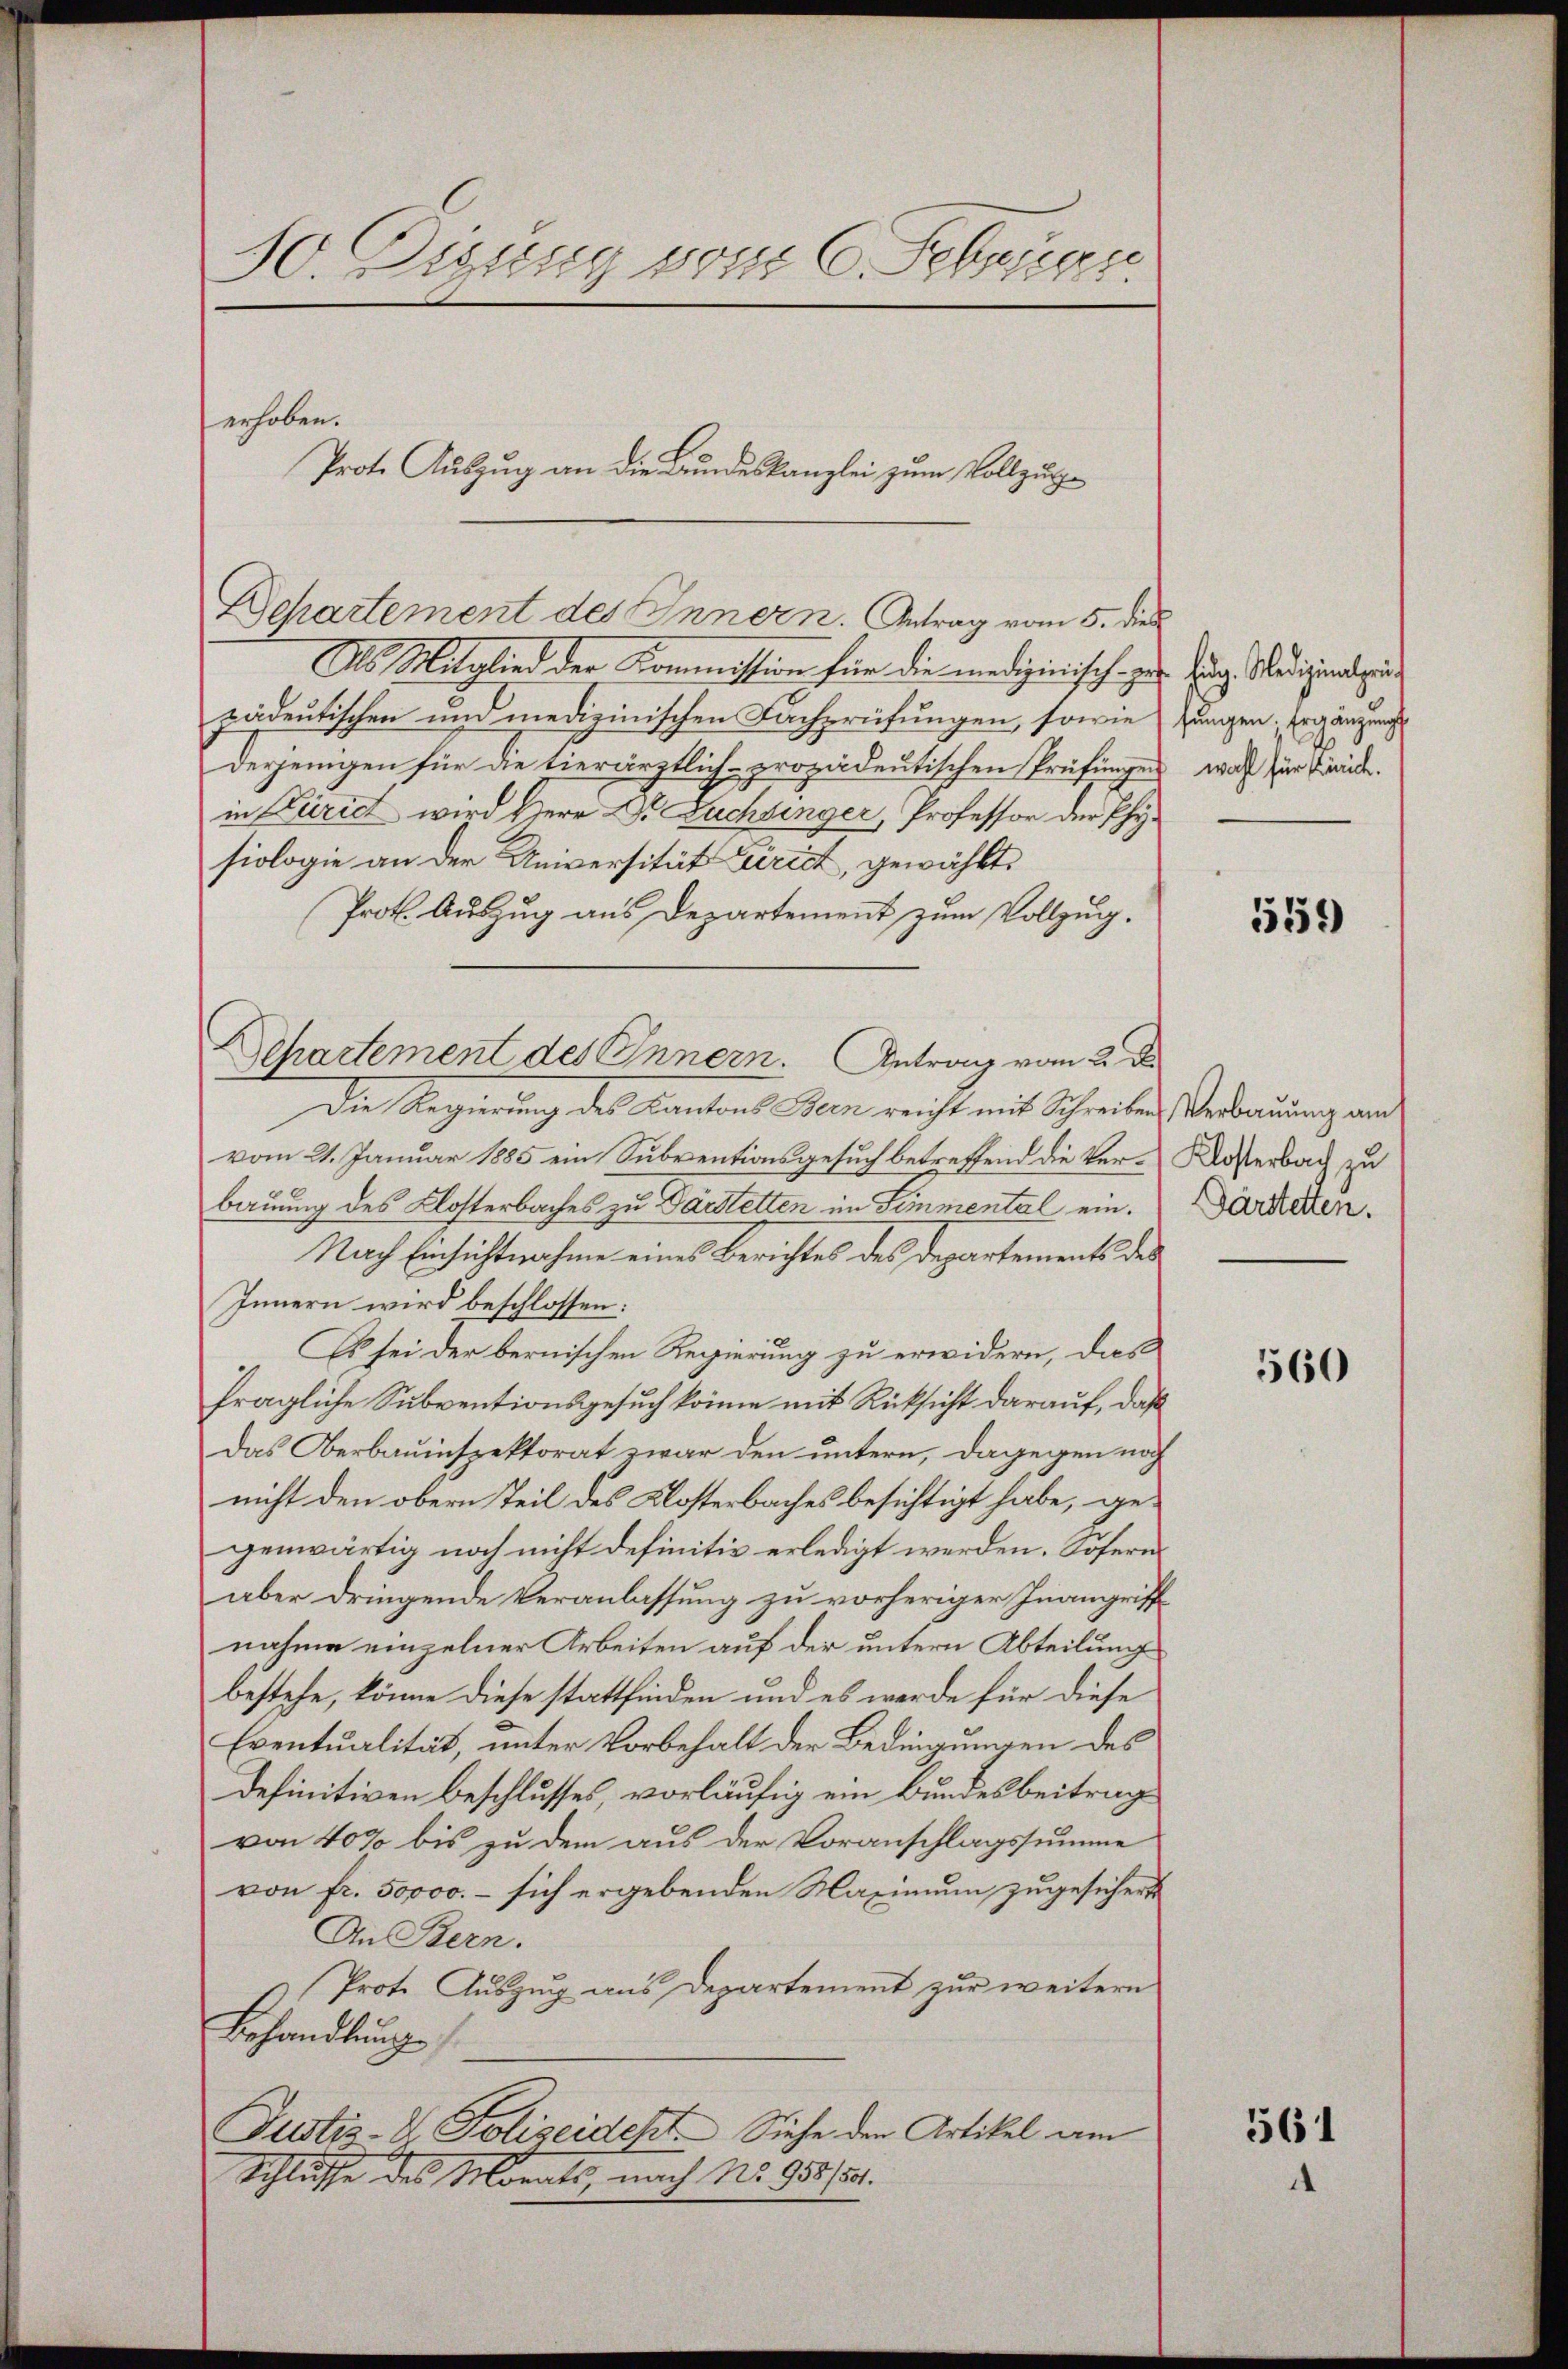
10. Diung vom 6. Seberge

erhoben.

Prote Auszug an die Bundeskanzlei zum Vollzuge

Als Mitglied der Kommission für die medizinisch zur Eidg. Medizinalpinpädeutischen und medizinischen Fachprüfungen, sowie
derjenigen für die tierärztlich-prozideutischen Prüfungen, was für Kinde.
in Zürich wird Herr Dr. Zuchtinger, Professor der Physiologie an der Universität Zürich, gewählt.
Prot. Auszug aus Departement zum Vollzug.
Die Regierung des Kantons Bern reicht mit Schreibens Verbauung au
vom 21. Januar 1885 ein Subventionsgesuch betreffend die Ver-Kosterbach zu
bauung des Klosterbaches zu Darstetten im Simmental ein.
Nach Einsichtnahme eines Berichtes des Departements des
Innern wird beschlossen:
Es sei der bernischen Regierung zu erwidern, das
fragliche Subventionsgesuch könne mit Rücksicht darauf, daß
Das Oberbauinspektorat zwar den untern, dagegen noch
nicht den obern Teil des Klosterbaches besichtigt habe, gegenwärtig noch nicht definitiv erledigt werden. Soferns
aber dringende Veranlassung zu vorheriger Inangriffnahme einzelner Arbeiten auf der untern Abteilung
bestehe, könne diese stattfinden und es werde für diese
Eventualität, unter Vorbehalt der Bedingungen des
Definitiven beschlusses, vorläufig ein Bundesbeitrag
von 40% bis zu dem aus der Voranschlagssumme
von fr. 50000. – sich ergebenden Maximum zugesichert
An Bern.
Prote Auszug aus Departement zur weitern
Behandlung
Justiz-V. Polizeidest. Siehe den Artikel am
Schlusse des Monats, nach No. 958/50.

Departement des Innern. Antrag vom 5. dies

Departement des Innern. Antrag vom 2. D

fungen. Ergänzung

559)

Darstetten.

560

561